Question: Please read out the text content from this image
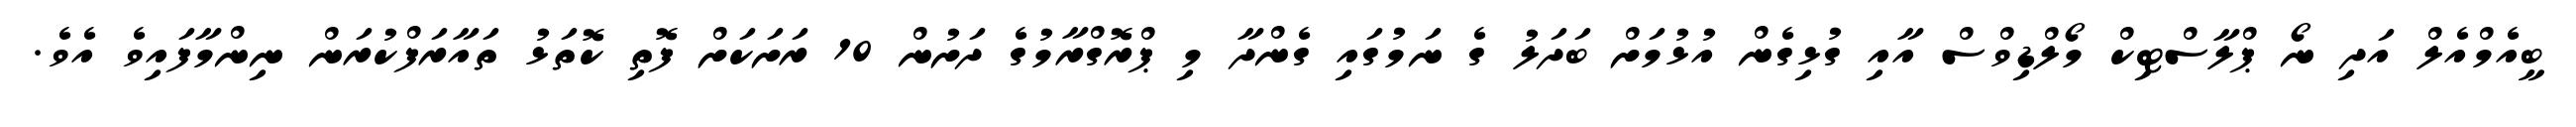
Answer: ބީއެމްއެލް އަދި ނޯ ޕްލާސްޓިކް މޯލްޑިވްސް އާއި ގުޅިގެން އުޅުމަށް ބަދަލު ގެ ނަމުގައި ގެންދާ މި ޕްރޮގްރާމުގެ ދަށުން 10 ރަށަކަށް ފޮތި ކޮތަޅު ތައާރަފްކުރަން ނިންމާފައިވެ އެވެ.